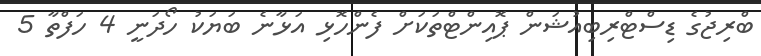
ބްރިޖުގެ ޑިސްޓްރިބިއުޝަން ޕޮއިންޓްތަކަށް ފެންހޮޅި އަޅާނެ ބަޔަކު ހޯދަނީ 4 ހަފްތާ 5